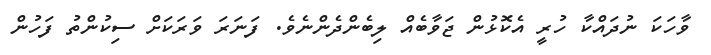
ވާހަކަ ނުދައްކާ ހުރީ އެކޮޅުން ޖަވާބެއް ލިބެންދެންނެވެ. ފަަނަރަ ވަރަކަށް ސިކުންތު ފަހުން